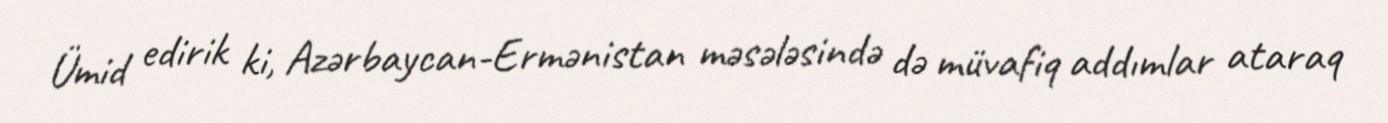
Ümid edirik ki, Azərbaycan-Ermənistan məsələsində də müvafiq addımlar ataraq